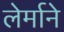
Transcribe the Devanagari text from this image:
लेर्माने